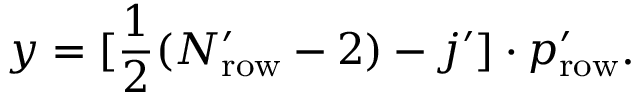
y = [ \frac { 1 } { 2 } ( N _ { \mathrm { r o w } } ^ { \prime } - 2 ) - j ^ { \prime } ] \cdot p _ { \mathrm { r o w } } ^ { \prime } .